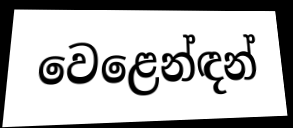
වෙළෙන්ඳන්